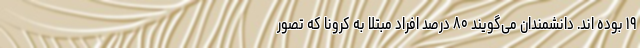
۱۹ بوده اند. دانشمندان می‌گویند ۸۰ درصد افراد مبتلا به کرونا که تصور